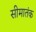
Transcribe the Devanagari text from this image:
सीमातंक